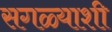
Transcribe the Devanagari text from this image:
सगळ्याशी